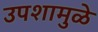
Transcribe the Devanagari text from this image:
उपशामुळे